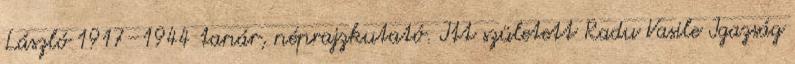
László 1917–1944 tanár, néprajzkutató. Itt született Radu Vasile Igazság